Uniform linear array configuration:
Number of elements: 32
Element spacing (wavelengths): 0.25
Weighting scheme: cosine
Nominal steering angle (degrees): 30
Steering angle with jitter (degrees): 30.789
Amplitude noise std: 0.05
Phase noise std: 0.05

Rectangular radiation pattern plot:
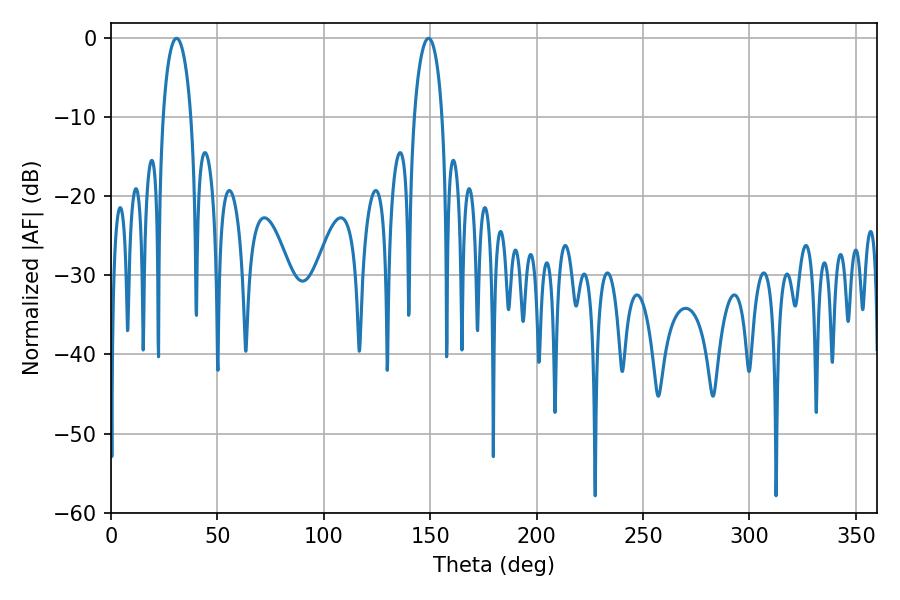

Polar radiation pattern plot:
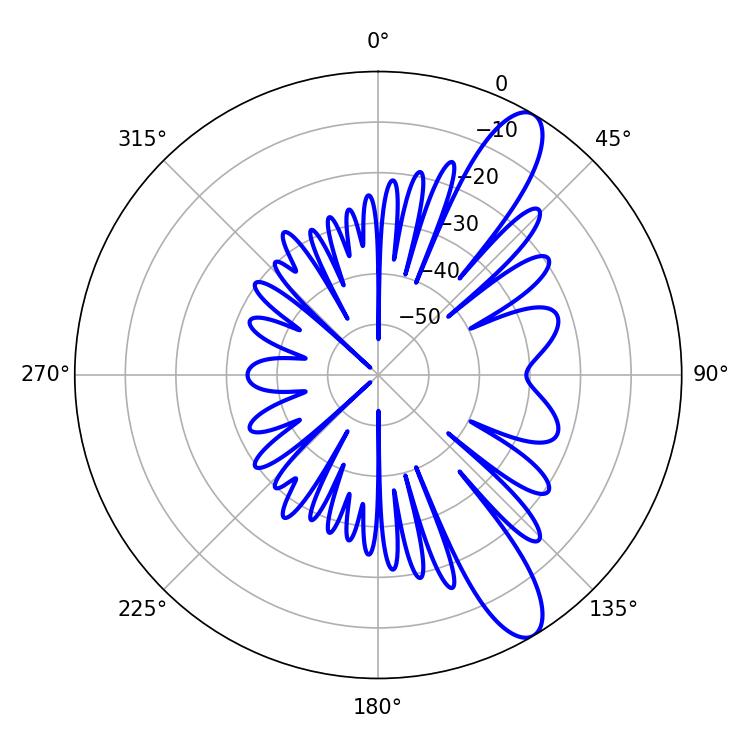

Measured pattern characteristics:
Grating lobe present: FALSE
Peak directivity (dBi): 11.228
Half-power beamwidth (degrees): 7.38
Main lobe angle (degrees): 30.78